Leaving Certificate Examination (including Day School Certificate (Higher) General paper), 1937
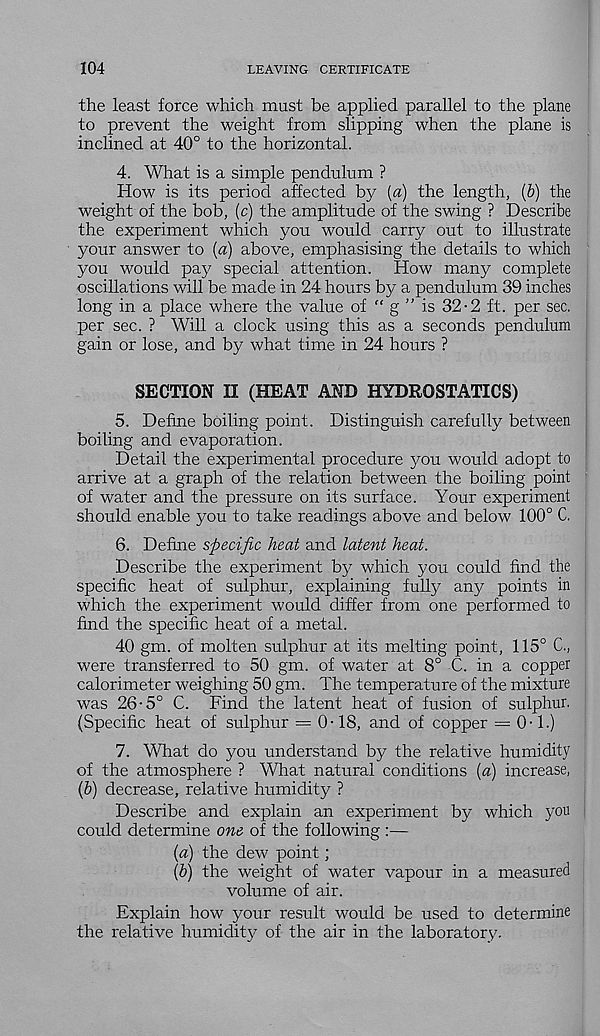
104
LEAVING CERTIFICATE
the least force which must be applied parallel to the plane
to prevent the weight from slipping when the plane is
inclined at 40° to the horizontal.
4. What is a simple pendulum ?
How is its period affected by (a) the length, (b) the
weight of the bob, (c) the amplitude of the swing ? Describe
the experiment which you would carry out to illustrate
your answer to (a) above, emphasising the details to which
you would pay special attention. How many complete
oscillations will be made in 24 hours by a pendulum 39 inches
long in a place where the value of “ g ” is 32-2 ft. per sec.
per sec. ? Will a clock using this as a seconds pendulum
gain or lose, and by what time in 24 hours ?
SECTION II (HEAT AND HYDROSTATICS)
5. Define boiling point. Distinguish carefully between
boiling and evaporation.
Detail the experimental procedure you would adopt to
arrive at a graph of the relation between the boiling point
of water and the pressure on its surface. Your experiment
should enable you to take readings above and below 100° C.
6. Define specific heat and latent heat.
Describe the experiment by which you could find the
specific heat of sulphur, explaining fully any points in
which the experiment would differ from one performed to
find the specific heat of a metal.
40 gm. of molten sulphur at its melting point, 115° C.,
were transferred to 50 gm. of water at 8° C. in a copper
calorimeter weighing 50 gm. The temperature of the mixture
was 26-5° C. Find the latent heat of fusion of sulphur.
(Specific heat of sulphur = 0-18, and of copper = 0-1.)
7. What do you understand by the relative humidity
of the atmosphere ? What natural conditions (a) increase,
(6) decrease, relative humidity ?
Describe and explain an experiment by which you
could determine one of the following :—
(a) the dew point;
{b) the weight of water vapour in a measured
volume of air.
Explain how your result would be used to determine
the relative humidity of the air in the laboratory.